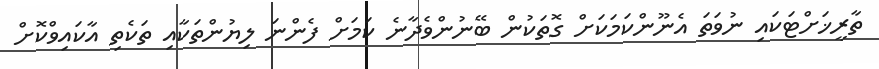
ތާރީޚަށްޓަކައި ނުވަތަ އެނޫންކަމަކަށް ގޮތަކުން ބޭނުންވެދާނެ ކަމަށް ފެންނަ ލިޔުންތަކާއި ތަކެތި އާކައިވްކޮށް